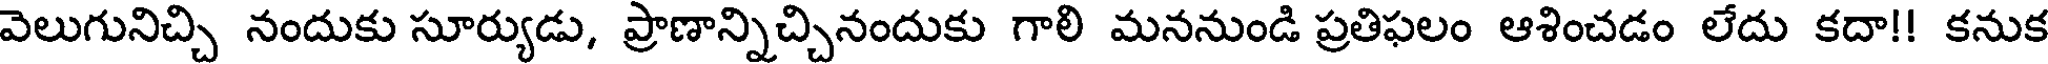
వెలుగునిచ్చి నందుకు సూర్యుడు, ప్రాణాన్నిచ్చినందుకు గాలి మననుండి ప్రతిఫలం ఆశించడం లేదు కదా!! కనుక